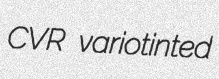
CVR variotinted